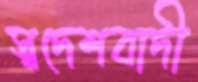
স্বদেশবাদী